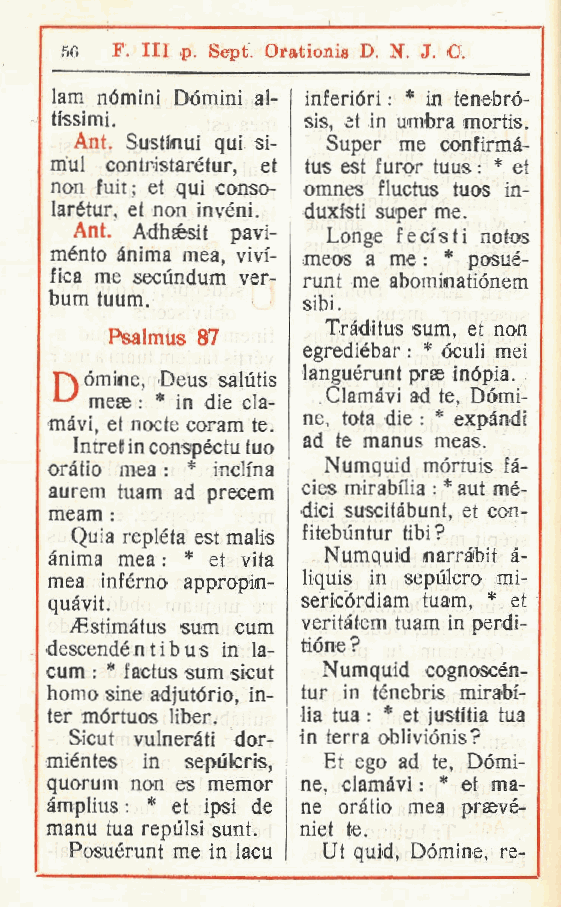
56 F Ili p. Sept. Orationia D. N. J. C.
 .
 lam nomini Domini al- inferióri : * in tenebró-
 tissimi.         sis, et in umbra mortis.
 Ant. Sustmui qui si- Super me confirmà-
 m'ul contristarétur, et tus est furor tuus : * et
 non fuit; et qui conso- omnes fluctus tuos in-
 larétur et non invéni. duxi'sti super me.
 ,
 Ant. Adhsésit pavi- Longe fecfsti notos
 ménto ànima mea vivi- meos a me : * posué-
 ,
 fica me secundum ver- runt me abominatiónem
 bum tuum.        sibi.
 Tràditus sum et non
 Psalmus 87             ,
 egrediébar : * óculi mei
 languérunt prae inòpia.
 rv ornine Deus salùtis
 ,            Clamàvi ad te, Dòmi-
 mese : * in die cla-
 ne, tota die : * expàndi
 mavi et nocte coram te.
 Int, ret in conspéctu tuo ad te manus meas.
 oràtìo mea : * inclina Numquid mòrtuis fà-
 aurem tuam ad preoem cies mirabilia : * aut mè-
 dici suscitàbunt, et con-
 meam :
 Quia repléta est malis fitebuntur tibi?
 ànima mea : * et vita Numquid narràbit à-
 mea infèrno appropm- liquis in sepulcro mi-
 quàvit.          sericòrdiam tuam, * et
 iCstimàtus sum cum veritàtem tuam in perdi-
 descendé n t i b u s in la- tiòne ?
 cum : * factus sum sicut Numquid cognoscén-
 homo sine adjutório In- tur in ténebris mirabi-
 ,
 ter mórtuos liber. lia tua : * et justitia tua
 Sicut vulneràti dor- in terra obliviònis?
 miéntes in sepùlcris, Et ego ad te. Dòmi-
 quorum non es memor ne, clamàvi : * et ma-
 àmplius : * et ipsi de ne oràtio mea praevé-
 manu tua repulsi sunt. niet te.
 Posuérunt me in lacu Ut quid, Dòmine, re-